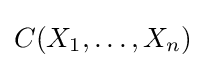
C(X_{1},\ldots ,X_{n})